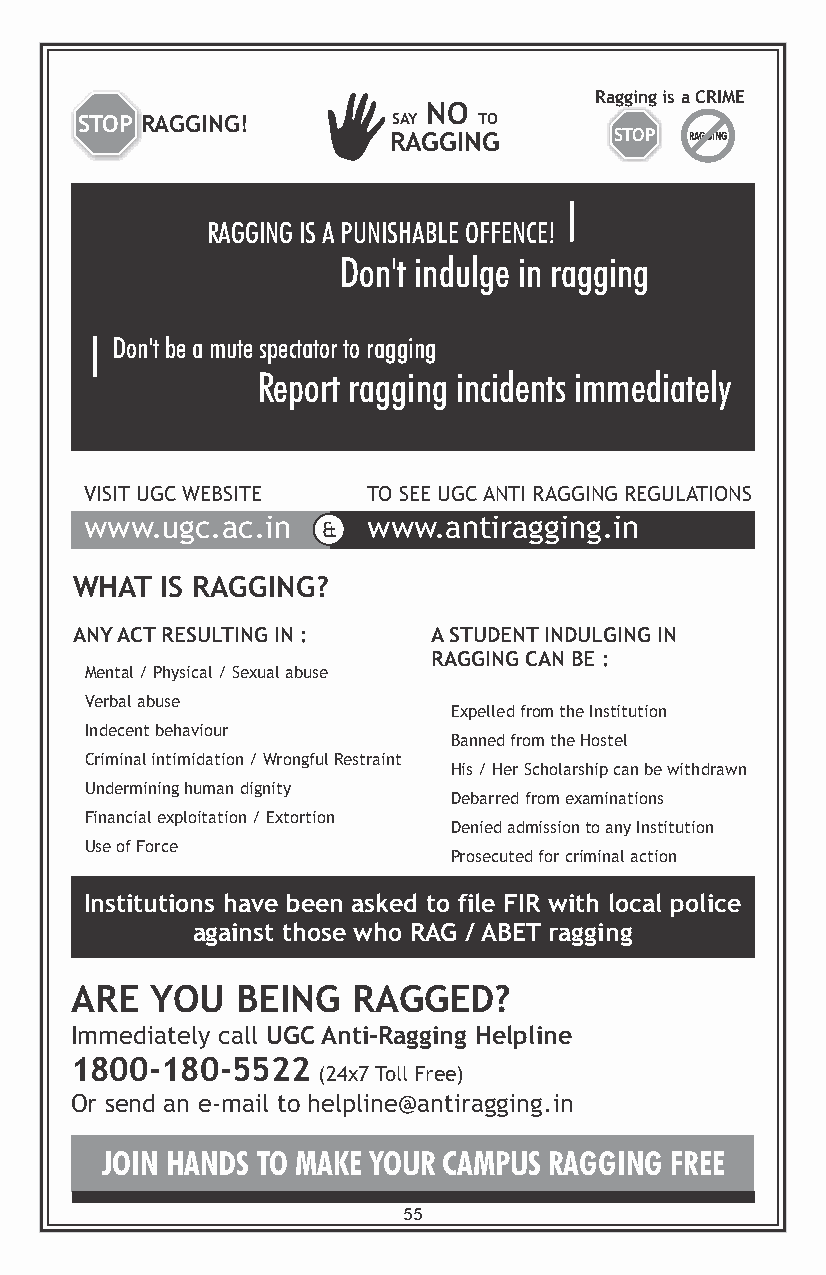
Ragging is a CRIME
 NO
 STOP RAGGING!        SAY   TO
 RAGGING        STOP RAGGING
 RAGGING IS A PUNISHABLE OFFENCE!
 Don't indulge in ragging
 Don't be a mute spectator to ragging
 Report ragging incidents immediately
 VISIT UGC WEBSITE TO SEE UGC ANTI RAGGING REGULATIONS
 www.ugc.ac.in     www.antiragging.in
 &
 WHAT  IS RAGGING?
 ANY ACT RESULTING IN : A STUDENT INDULGING IN
 RAGGING CAN BE :
 Mental / Physical / Sexual abuse
 Verbal abuse
 Expelled from the Institution
 Indecent behaviour
 B anned from the Hostel
 Criminal intimidation / Wrongful Restraint
 H is / Her Scholarship can be withdrawn
 Undermining human dignity
 D ebarred from examinations
 Financial exploitation / Extortion
 D enied admission to any Institution
 Use of Force
 P rosecuted for criminal action
 Institutions have been asked to file FIR with local police
 against those who RAG / ABET ragging
 ARE  YOU   BEING  RAGGED?
 Immediately call UGC Anti-Ragging Helpline
 1800-180-5522
 (24x7 Toll Free)
 Or send an e-mail to helpline@antiragging.in
 JOIN HANDS TO MAKE YOUR CAMPUS RAGGING FREE
 55